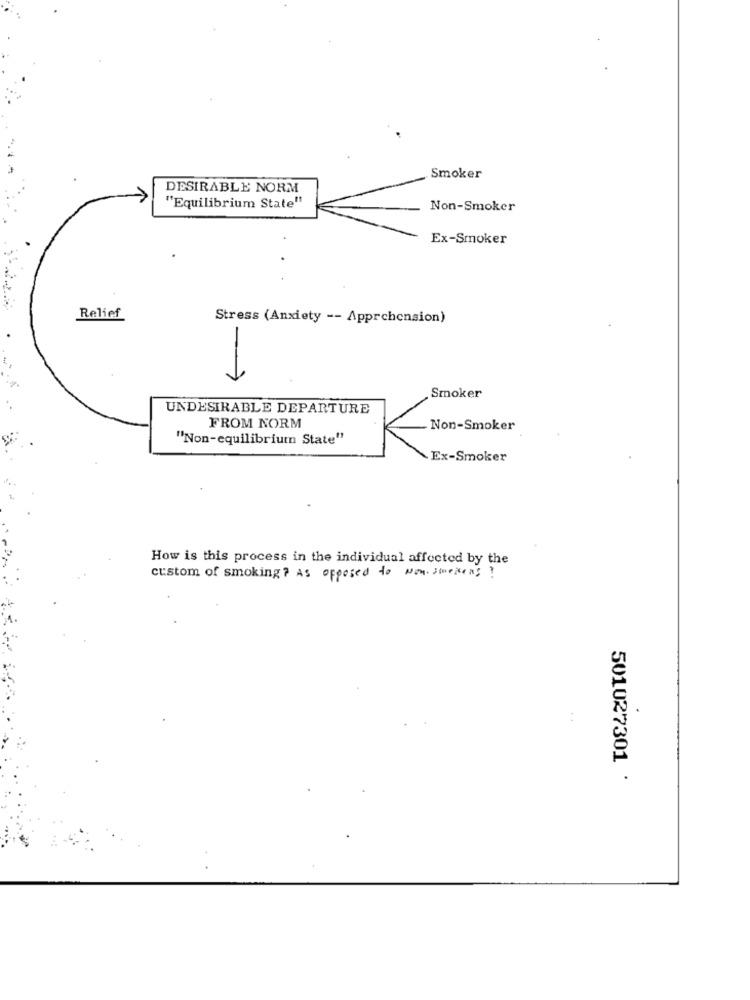
Smoker
DESIRABLE NORM
"Equilibrium State"
Non-Smoker
Ex-Smoker
Relief
Stress (Anxiety -- Apprehension)
-
Smoker
UNDESIRABLE DEPARTURE
FROM NORM
Non-Smoker
"Non-equilibrium State"
Ex-Smoker
How is this process in the individual affected by the
custom of smoking? As opposed to Non smoking ?
.
:
501027301
.